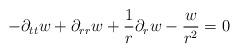
LaTeX: \begin{align*} -\partial_{tt}w+\partial_{rr}w+\frac{1}{r}\partial_{r}w-\frac{w}{r^{2}}=0\end{align*}